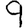
Digit: 9